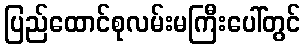
ပြည်ထောင်စုလမ်းမကြီးပေါ်တွင်